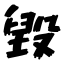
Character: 毀